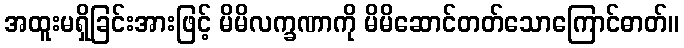
အထူးမရှိခြင်းအားဖြင့် မိမိလက္ခဏာကို မိမိဆောင်တတ်သောကြောင်ဓာတ်။